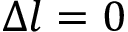
\Delta l = 0